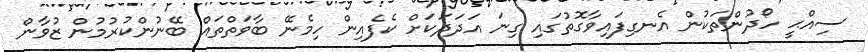
ސިއްޙީ ހޯދުންތަކުން އެނގިފައިވާގޮތުގައި ގިނަ އަދަދަކަށް ކެފެއިން ހިމެނޭ ބާވަތްތައް ބޭނުންކުރުމުން ޒުވާން